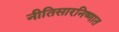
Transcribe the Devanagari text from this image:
नीतिसारनिष्णात